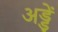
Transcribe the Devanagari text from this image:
अड्डें